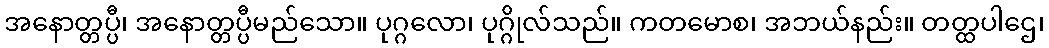
အနောတ္တပ္ပီ၊ အနောတ္တပ္ပီမည်သော။ ပုဂ္ဂလော၊ ပုဂ္ဂိုလ်သည်။ ကတမောစ၊ အဘယ်နည်း။ တတ္ထပါဌေ၊